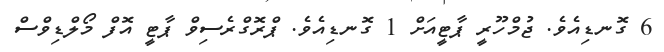
6 ގޮނޑިއެވެ. ޖުމްހޫރީ ޕާޓީއަށް 1 ގޮނޑިއެވެ. ޕްރޮގްރެސިވް ޕާޓީ އޮފް މޯލްޑިވްސް